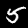
Label: 5